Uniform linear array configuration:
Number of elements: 16
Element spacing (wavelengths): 0.25
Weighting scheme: exponential
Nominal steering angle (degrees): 45
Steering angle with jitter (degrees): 46.026
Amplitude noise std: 0.05
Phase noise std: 0.05

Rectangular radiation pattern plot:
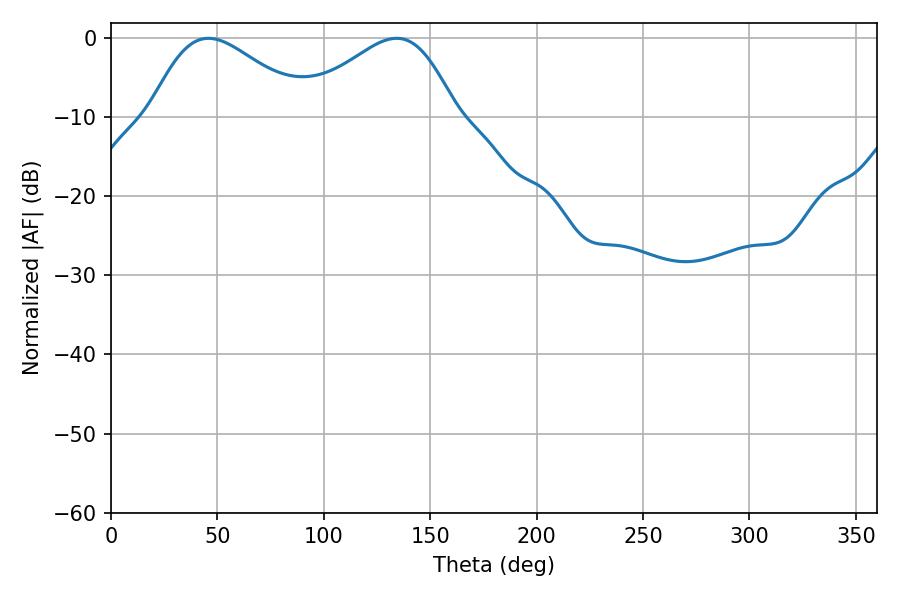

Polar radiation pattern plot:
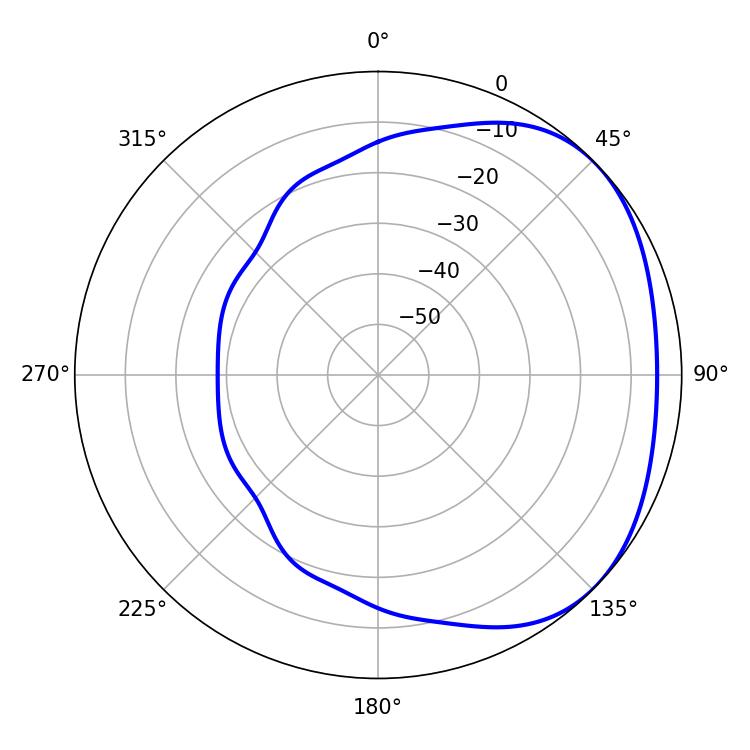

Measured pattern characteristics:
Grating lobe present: FALSE
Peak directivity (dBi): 2.474
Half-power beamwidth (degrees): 39.42
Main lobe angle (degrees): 45.72